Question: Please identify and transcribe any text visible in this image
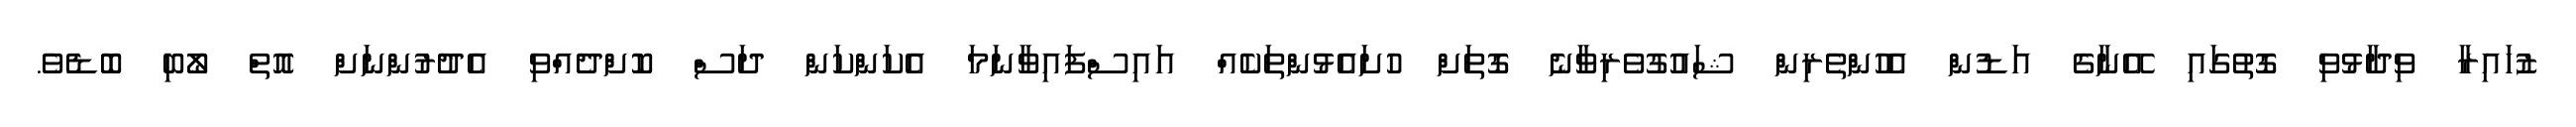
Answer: ޒުހައިރާ ވިދާޅުވި ގޮތުގައި އޭނާގެ އަޑުން އެހުންތެރިން ޝައުގުވެރިވާނެ ގޮތަށް ހުށައެޅުންތަކެއް އައިސްފައިވާނަމަ އެކަންކަން ދަސް ކޮށްދެއްވި އެދުރުންނަށް އޮތް ލޯބި ބޮޑެވެ.